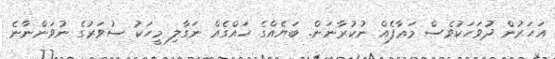
އަހަރުން ދުވަހަކުވެސް މަޢާފެއް ނުކުރާނަން. ބަޔެއްގެ ހައްގެއް ނަގާލި މީހަކު ސުވަރުގެ ނުވަންނާނެ